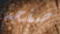
صفحه